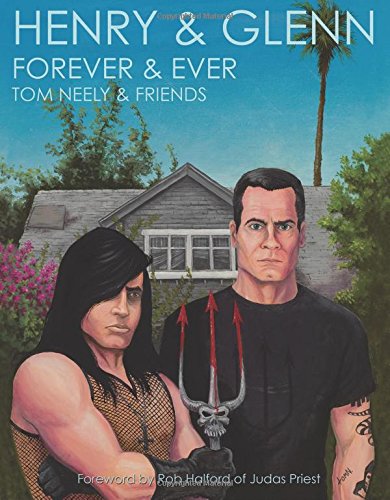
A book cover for Henry & Glenn Forever & Ever; Tom Neely; Comics & Graphic Novels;